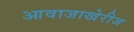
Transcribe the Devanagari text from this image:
आवाजाखेरीज